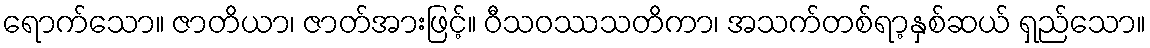
ရောက်သော။ ဇာတိယာ၊ ဇာတ်အားဖြင့်။ ဝီသဝဿသတိကာ၊ အသက်တစ်ရာ့နှစ်ဆယ် ရှည်သော။